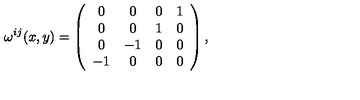
\omega ^ { i j } ( x , y ) = \left( \begin{array} { c c c c } { 0 } & { 0 } & { 0 } & { 1 } \\ { 0 } & { 0 } & { 1 } & { 0 } \\ { 0 } & { - 1 } & { 0 } & { 0 } \\ { - 1 } & { 0 } & { 0 } & { 0 } \\ \end{array} \right) ,